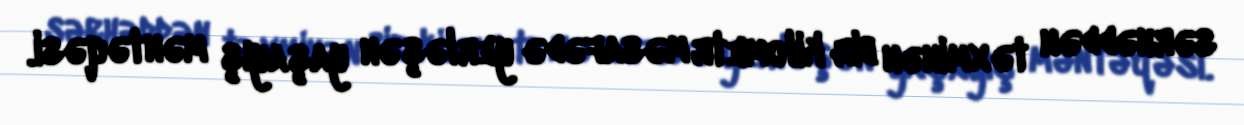
sərhəddən təxminən bir kilometr məsafədə yerləşən yaşayış məntəqəsi.